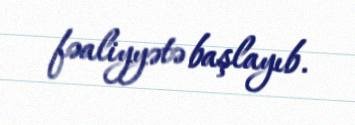
fəaliyyətə başlayıb.